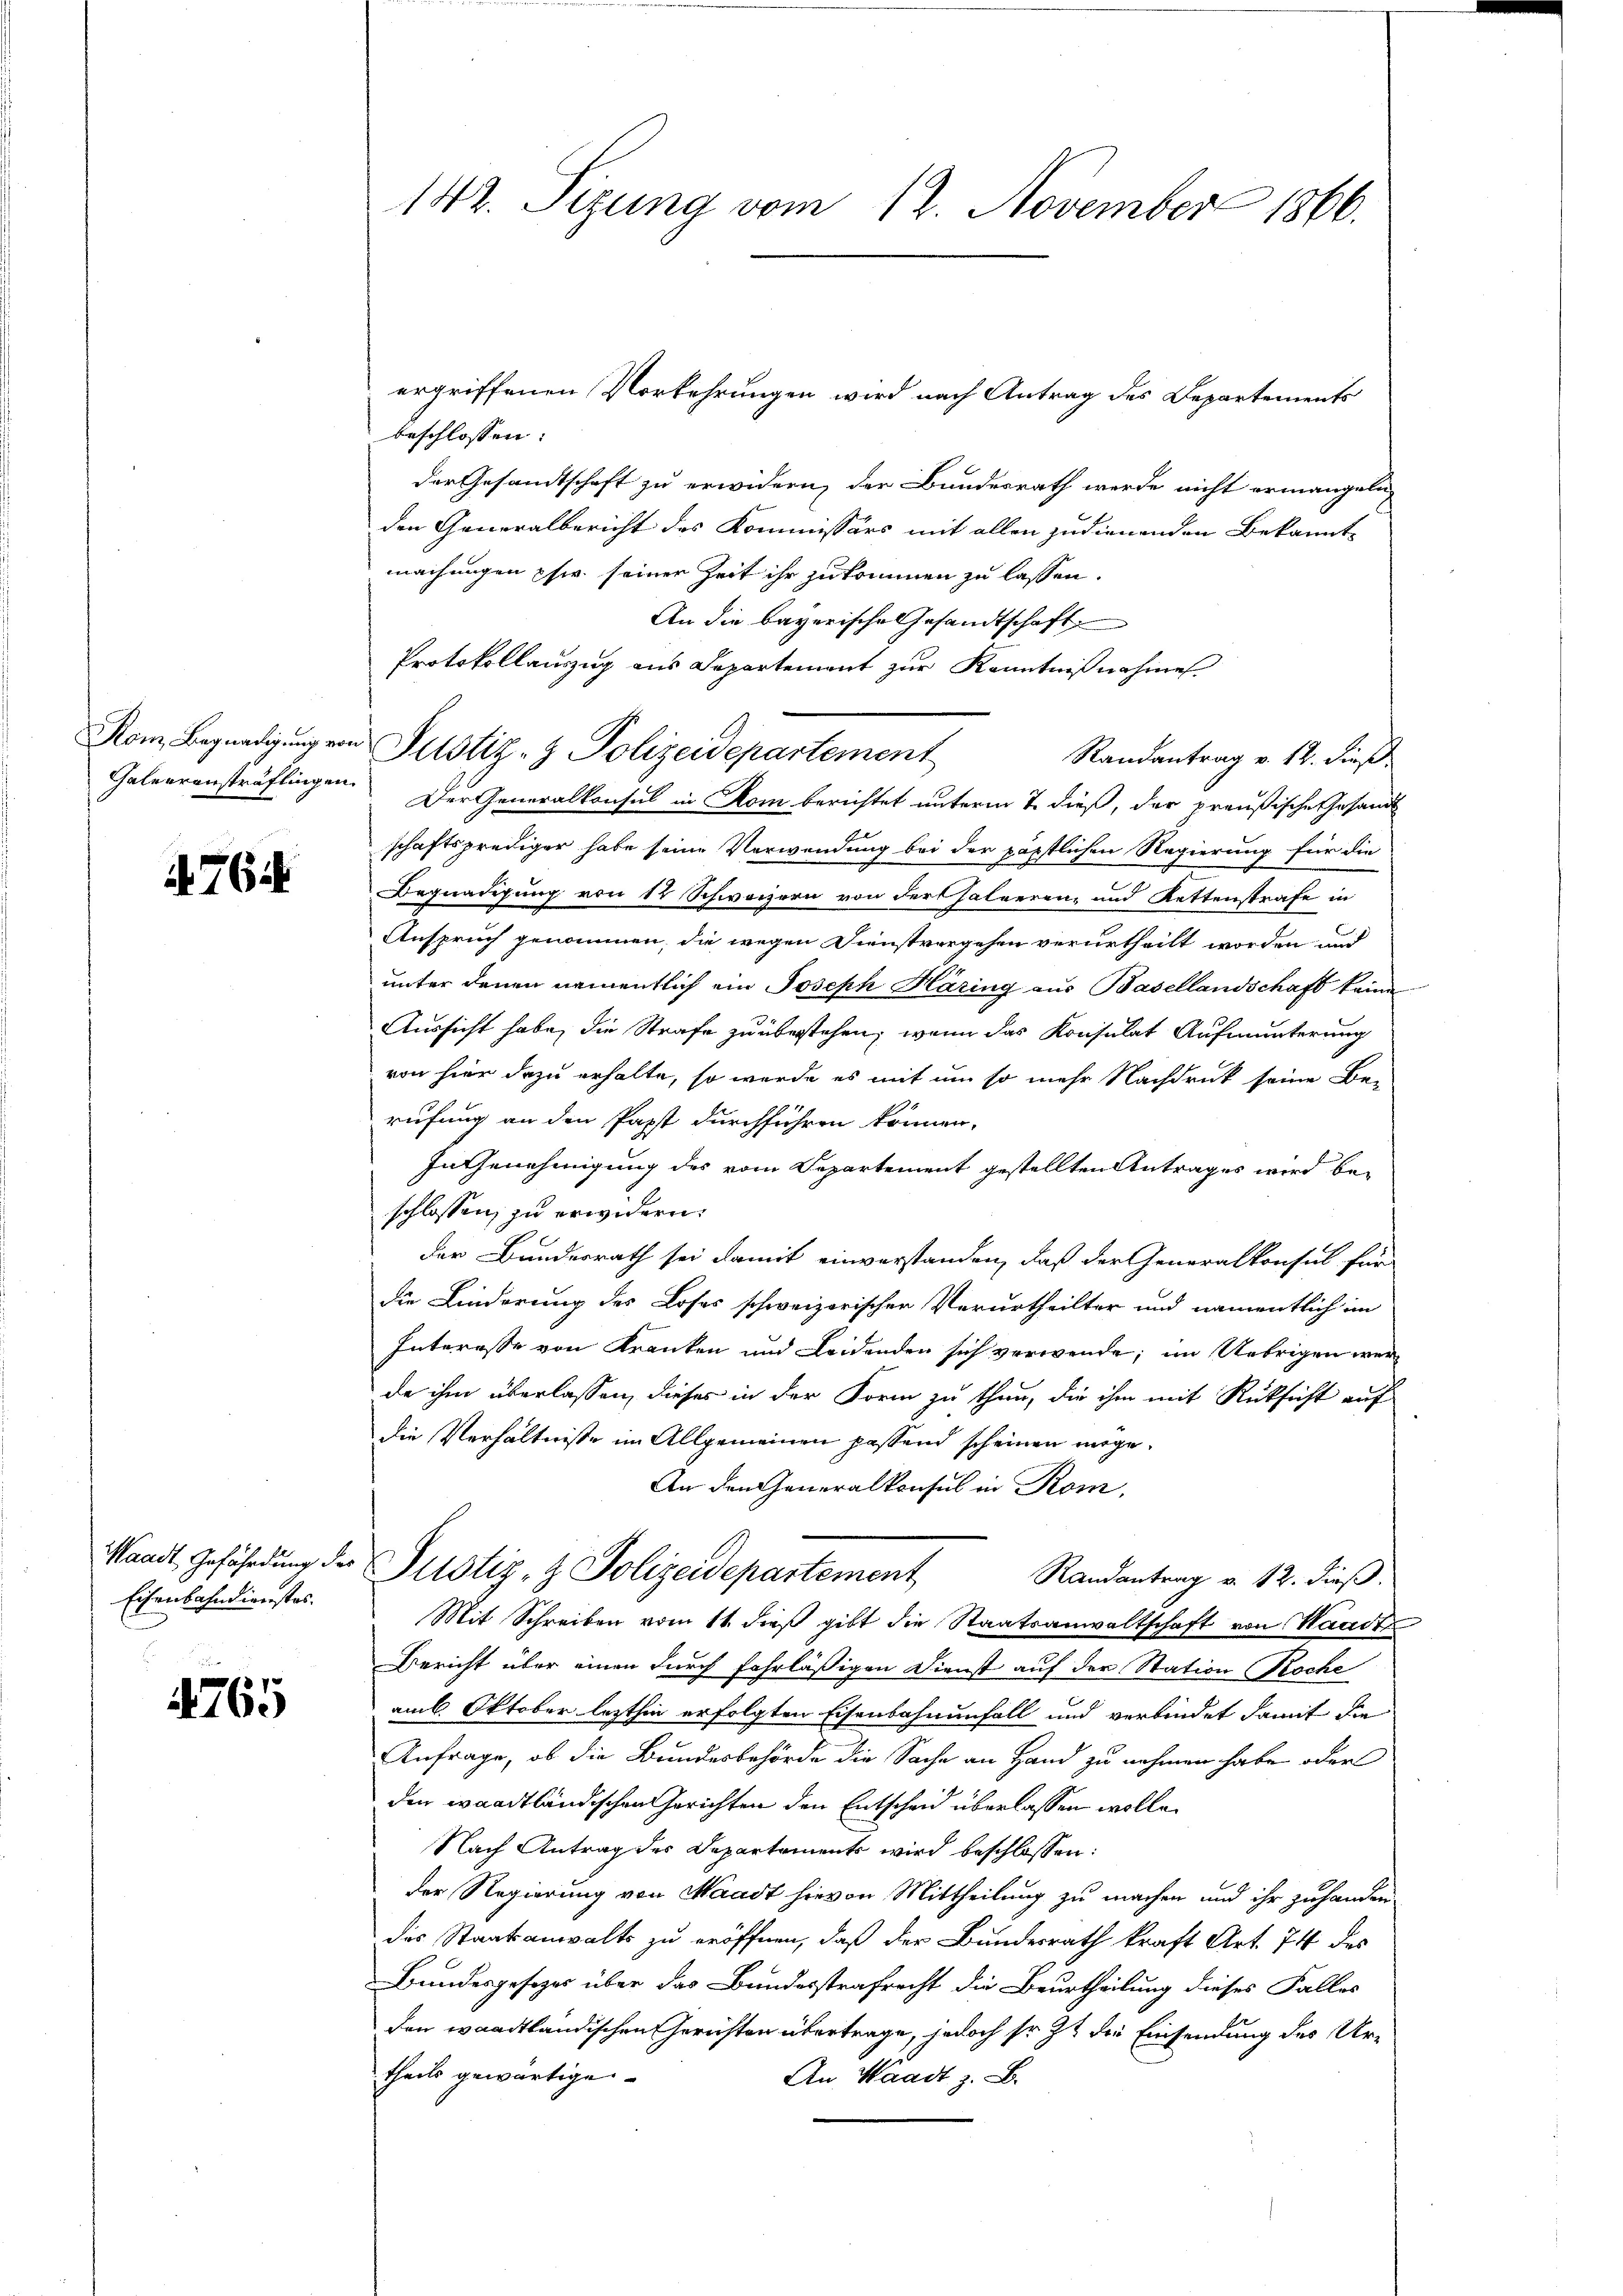
Geleerensträflingen.

762.

Waadt, Gefährdung des
Eisenbahndienstes.

4765

142. Sizung vom 12. November 1866.

beschlossen:
der Gesandtschaft zu erwidern, der Bundesrath werde nicht ermangeln,
den Generalbericht des Kommissärs mit allen zudienenden Bekannt-
machungen psw. seiner Zeit ihr zukommen zu lassen.
An die bayerische Gesandtschaft
Protokollauszug aus Departement zur Kenntnißnahmen.
Randantrag v. 12. dieß
Der Generalkonsul in Rom berichtet unterm 7. dieß, der preußische Gesandt
schaftsprediger habe seine Verwendung bei der päpstlichen Regierung für die
Begnadigung von 12 Schweizern von der salverenz und Rettenstrafe in
Anspruch genommen, die wegen Dienstvergehen verurtheilt worden und
unter denen namentlich ein Joseph Häring aus Basellandschaft keine
Aussicht habe, die Strafe zu überstehen, wenn das Konsulat Aufmunterung
von hier dazu erhalte, so werde es mit um so mehr Nachdruck seine Be-
rufung an den Papst durchführen können,
In Genehmigung des vom Separtement gestellten Antrages wird beschlossen, zu erwidern.
der Bundesrath sei damit einverstanden, daß der Generalkonsul für
die Linderung des Loses schweizerischen Verurtheilter und namentlich im
Interesse von Kranken und Leidenden sich verwende; im Uebrigen werde ihm überlassen, dieses in der Form zu thun, die ihm mit Rüksicht auf
die Verhältnisse im Allgemeinen passend scheinen möge.
An den Generalkonsul in Rom,
Justiz- & Polizeidepartement
Randantrag v. 12. dieß.
Mit Schreiben vom 11. dieß gibt die Staatsanwaltschaft von Waadt
Bericht über einen durch fahrläßigen Dienst auf der Station Koche
am 6. Oktober lezthin erfolgten Eisenbahnenfall und verbindet damit die
Anfrage, ob die Bundesbehörde die Sache an Hand zu nehmen habe oder
den waadtländischen Gerichten den Entscheid überlassen wolle.
Nach Antrag des Departaments wird beschlossen:
der Regierung von Waadt hievon Mittheilung zu machen und ihr zu handen
des Staatsanwalts zu eröffnen, daß der Bundesrath kraft Art. 74 des
Bundesgesezes über das Bundesstrafrecht die Beurtheilung dieses Falles
den waadtländischen Gerichten übertrage, jedoch so zu die Einsendung des Urtheils gewärtige.
An Waadt z. B.

Kom Begnadigung von Justiz- & Polizeidepartement

ergriffenen Vorkehrungen wird nach Antrag des Departements